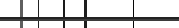
٤٥